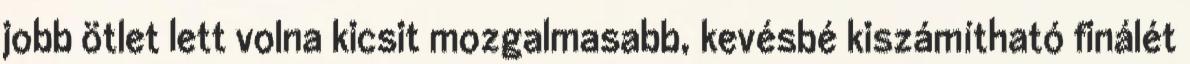
jobb ötlet lett volna kicsit mozgalmasabb, kevésbé kiszámítható finálét